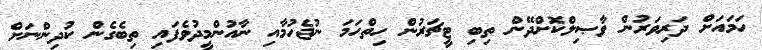
ހަމައަށް ދަރިވަރުން ވާޞިލްކޮށްދޭން ތިބި ޓީޗަރުން ހިތްހަމަ ނުޖެހުމާއި ނާއުންމީދުވެފައި ތިބެގެން ކުދިންނަށް